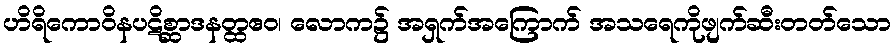
ဟိရိကောဝိနပဋိစ္ဆာဒနတ္ထဧဝ၊ လောက၌ အရှက်အကြောက် အသရေကိုဖျက်ဆီးတတ်သော